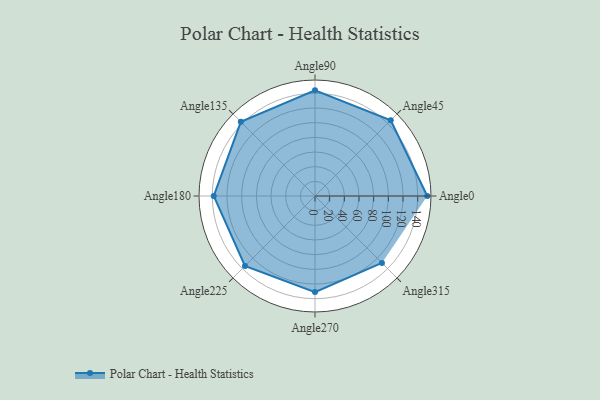
{"axis": {"x": "Angle", "y": "Radius"}, "legend": [""], "data": [{"x": "Angle0", "y": 153.0, "type": ""}, {"x": "Angle45", "y": 146.0, "type": ""}, {"x": "Angle90", "y": 144.0, "type": ""}, {"x": "Angle135", "y": 143.0, "type": ""}, {"x": "Angle180", "y": 138.0, "type": ""}, {"x": "Angle225", "y": 135.0, "type": ""}, {"x": "Angle270", "y": 131.0, "type": ""}, {"x": "Angle315", "y": 129.0, "type": ""}]}